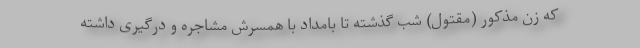
که زن مذکور (مقتول) شب گذشته تا بامداد با همسرش مشاجره و درگیری داشته